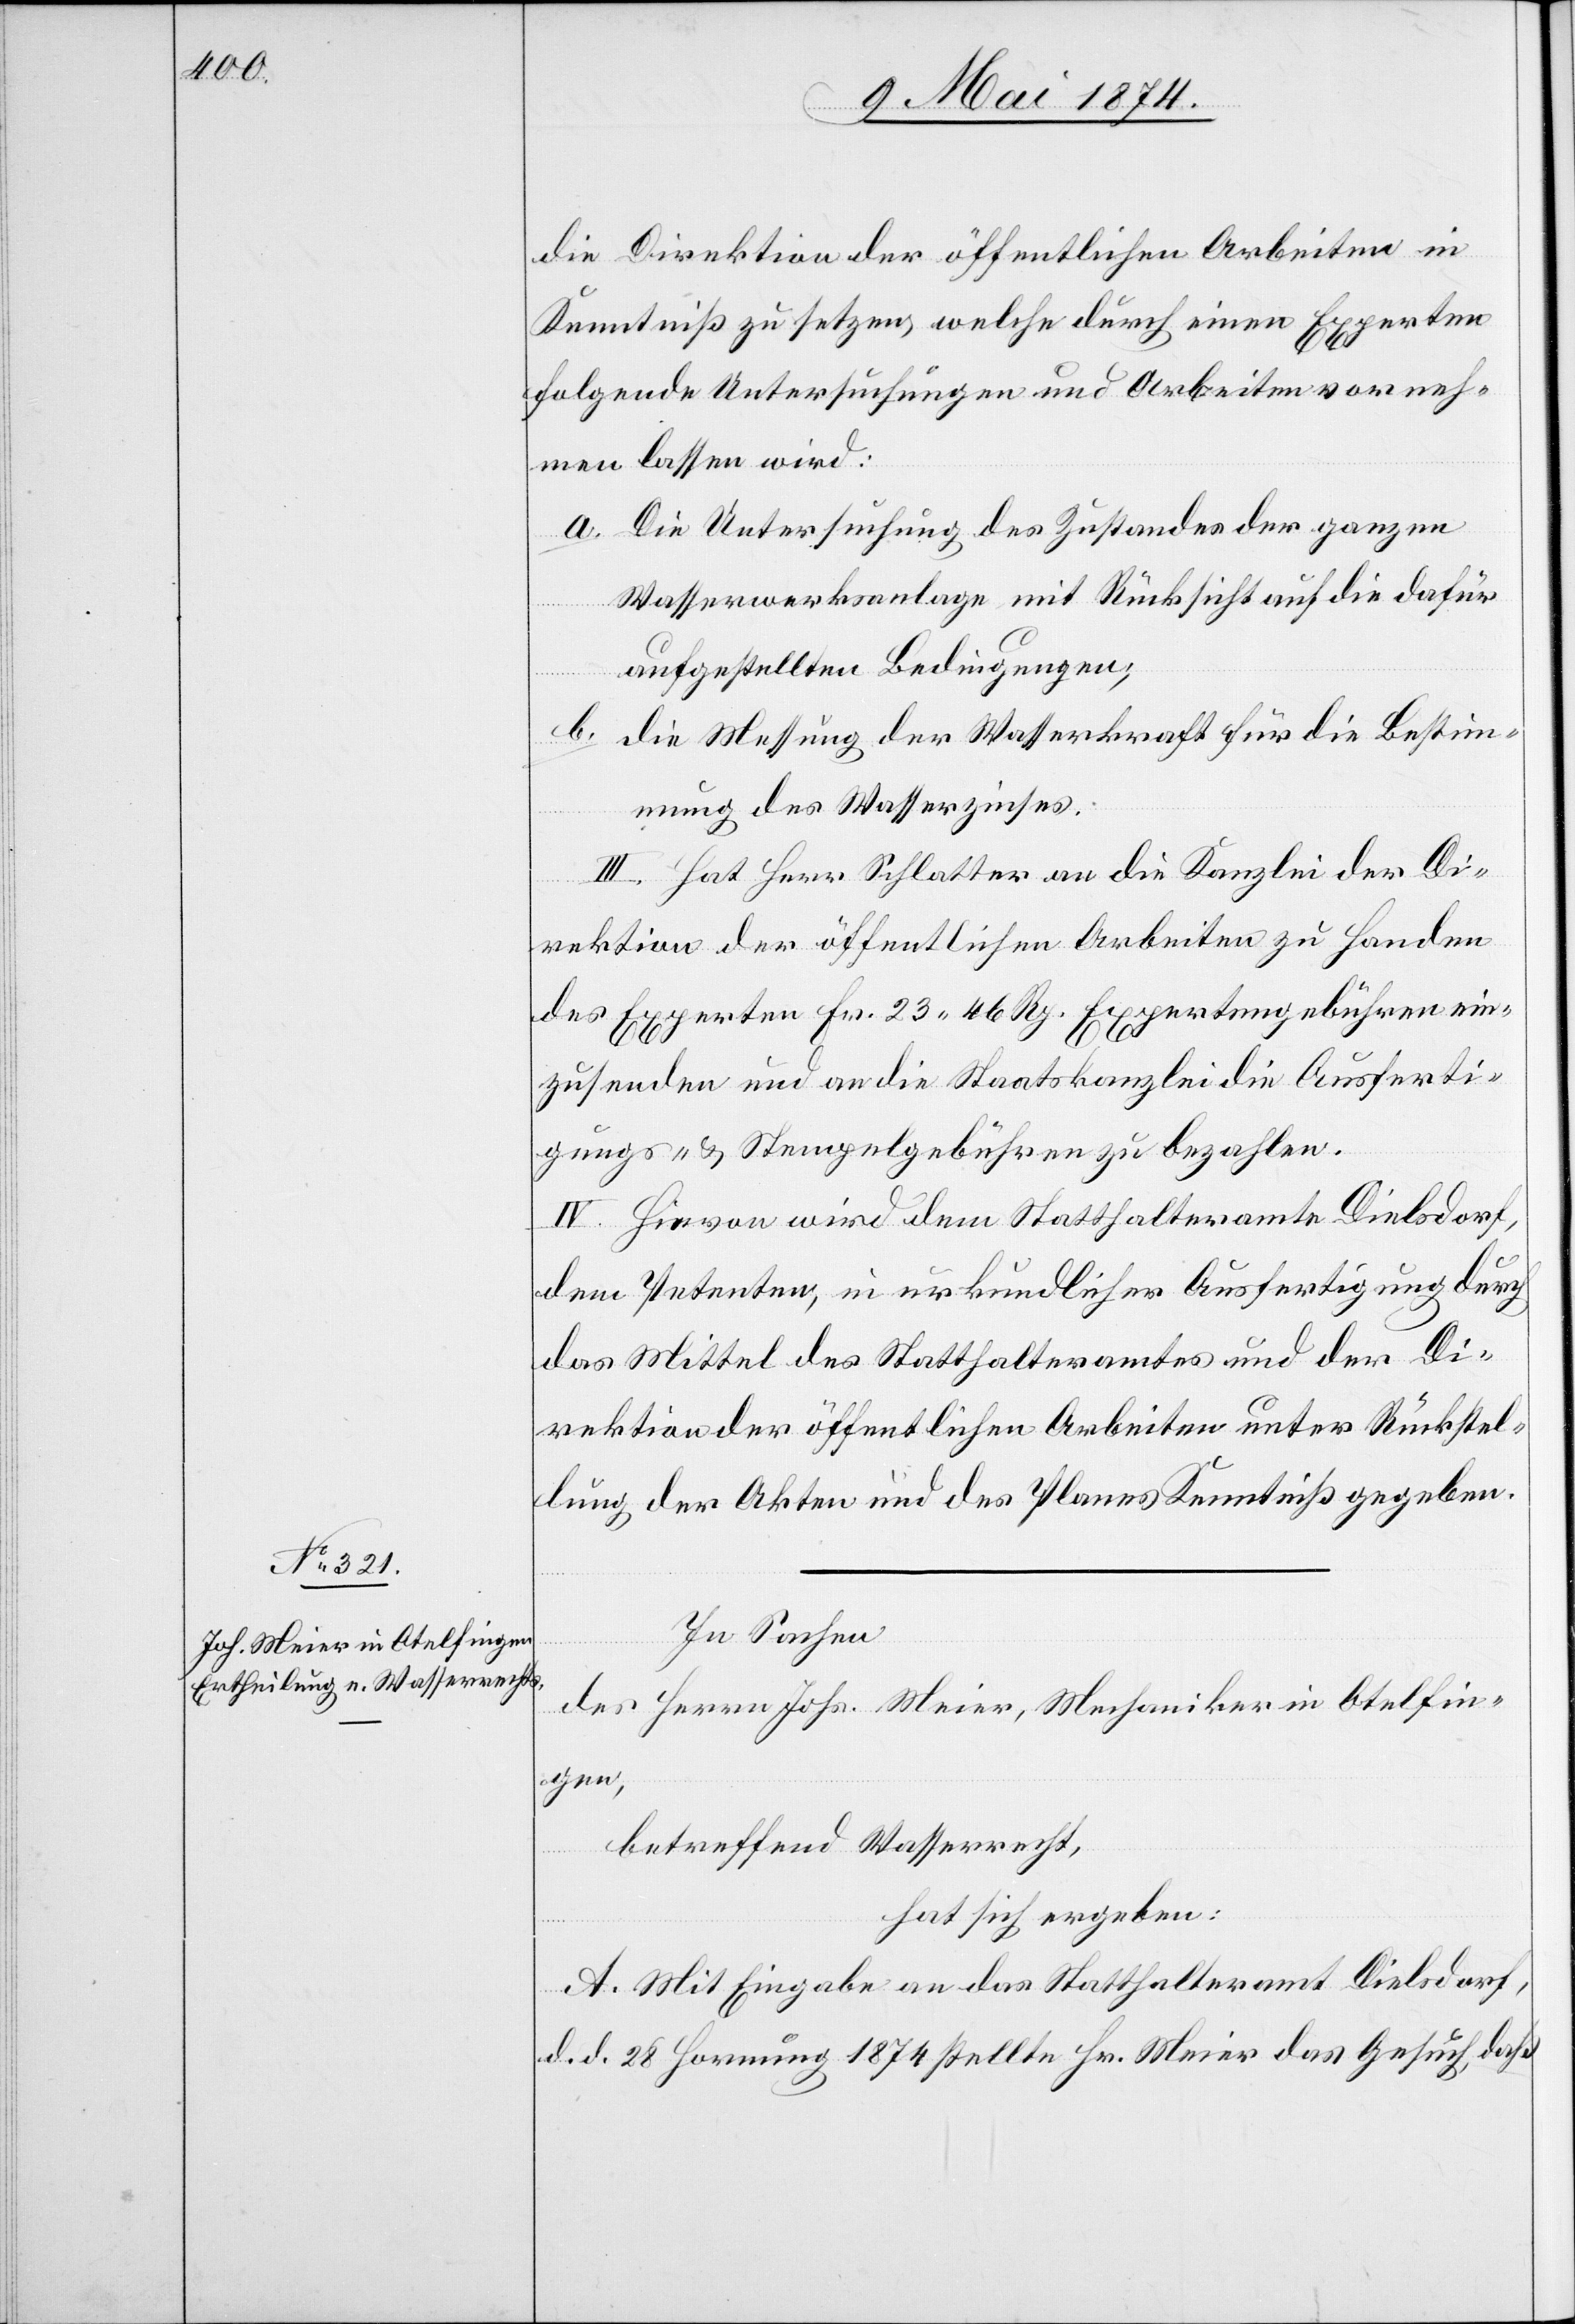
die Direktion der öffentlichen Arbeiten in
Kenntniß zu setzen, welche durch einen Experten
folgende Untersuchungen und Arbeiten vorneh¬
men lassen wird:
a. Die Untersuchung des Zustandes der ganzen
Wasserwerksanlage mit Rücksicht auf die dafür
aufgestellten Bedingungen;
b. die Messung der Wasserkraft für die Bestim¬
mung des Wasserzinses.
III. Hat Herr Schlatter an die Kanzlei der Di¬
rektion der öffentlichen Arbeiten zu Handen
des Experten Fr. 23.46 Rp. Expertengebühren ein¬
zusenden und an die Staatskanzlei die Ausferti¬
gungs- u. Stempelgebühren zu bezahlen.
IV. Hievon wird dem Statthalteramte Dielsdorf,
dem Petenten, in urkundlicher Ausfertigung durch
das Mittel des Statthalteramtes und der Di¬
rektion der öffentlichen Arbeiten unter Rückstel¬
lung der Akten und des Planes Kenntniß gegeben.
In Sachen
des Herrn Johs. Meier, Mechaniker in Otelfin¬
gen,
betreffend Wasserrecht,
hat sich ergeben:
A. Mit Eingabe an das Statthalteramt Dielsdorf,
d. d. 28. Hornung 1874 stellte Hr. Meier das Gesuch, daß